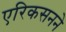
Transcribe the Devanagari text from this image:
एरिकसनने